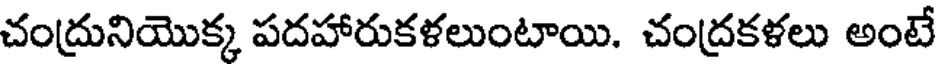
చంద్రునియొక్క పదహారుకళలుంటాయి. చంద్రకళలు అంటే